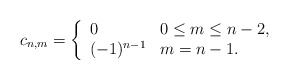
\begin{align*} c_{n,m}=\left\{ \begin{array}{ll} 0 & 0\leq m \leq n-2,\\ (-1)^{n-1} & m=n-1. \end{array}\right.\end{align*}